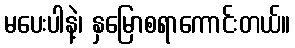
မပေးပါနဲ့၊ နှမြောစရာကောင်းတယ်။